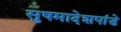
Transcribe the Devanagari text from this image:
सुषमादेशपांडे